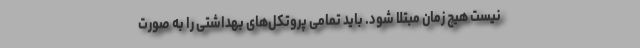
نیست هیچ زمان مبتلا شود. باید تمامی پروتکل‌های بهداشتی را به صورت